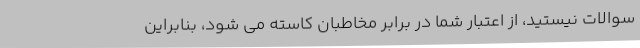
سوالات نیستید، از اعتبار شما در برابر مخاطبان کاسته می شود، بنابراین